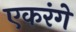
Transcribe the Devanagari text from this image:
एकरंगे